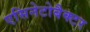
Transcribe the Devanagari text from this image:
एसिनेटोबैक्टर